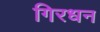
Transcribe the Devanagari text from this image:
गिरधन